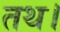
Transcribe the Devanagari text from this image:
तथ।